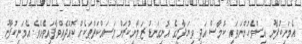
އެމަނިކުފާނު އިސްވެހުންނަވައި ކޮމާސް އަދި ވިޔަފާރީގެ އޮނިގަނޑު ޒަމާނީކުރަން މަސައްކަތްތަކެއް ކޮއްދެއްވާފައިވެއެވެ. އެމަނިކުފާނު